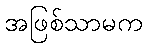
အဖြစ်သာမက